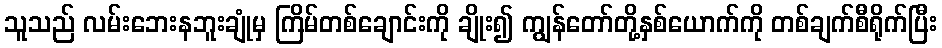
သူသည် လမ်းဘေးနဘူးချုံမှ ကြိမ်တစ်ချောင်းကို ချိုး၍ ကျွန်တော်တို့နှစ်ယောက်ကို တစ်ချက်စီရိုက်ပြီး